Bréfritari: Þórunn Pálsdóttir
Viðtakandi: Páll Pálsson
Dagsetning: A-1825-01-18
Skrifað á: Hallfreðarstöðum  N-Múl.
Páll var bróðir Þórunnar

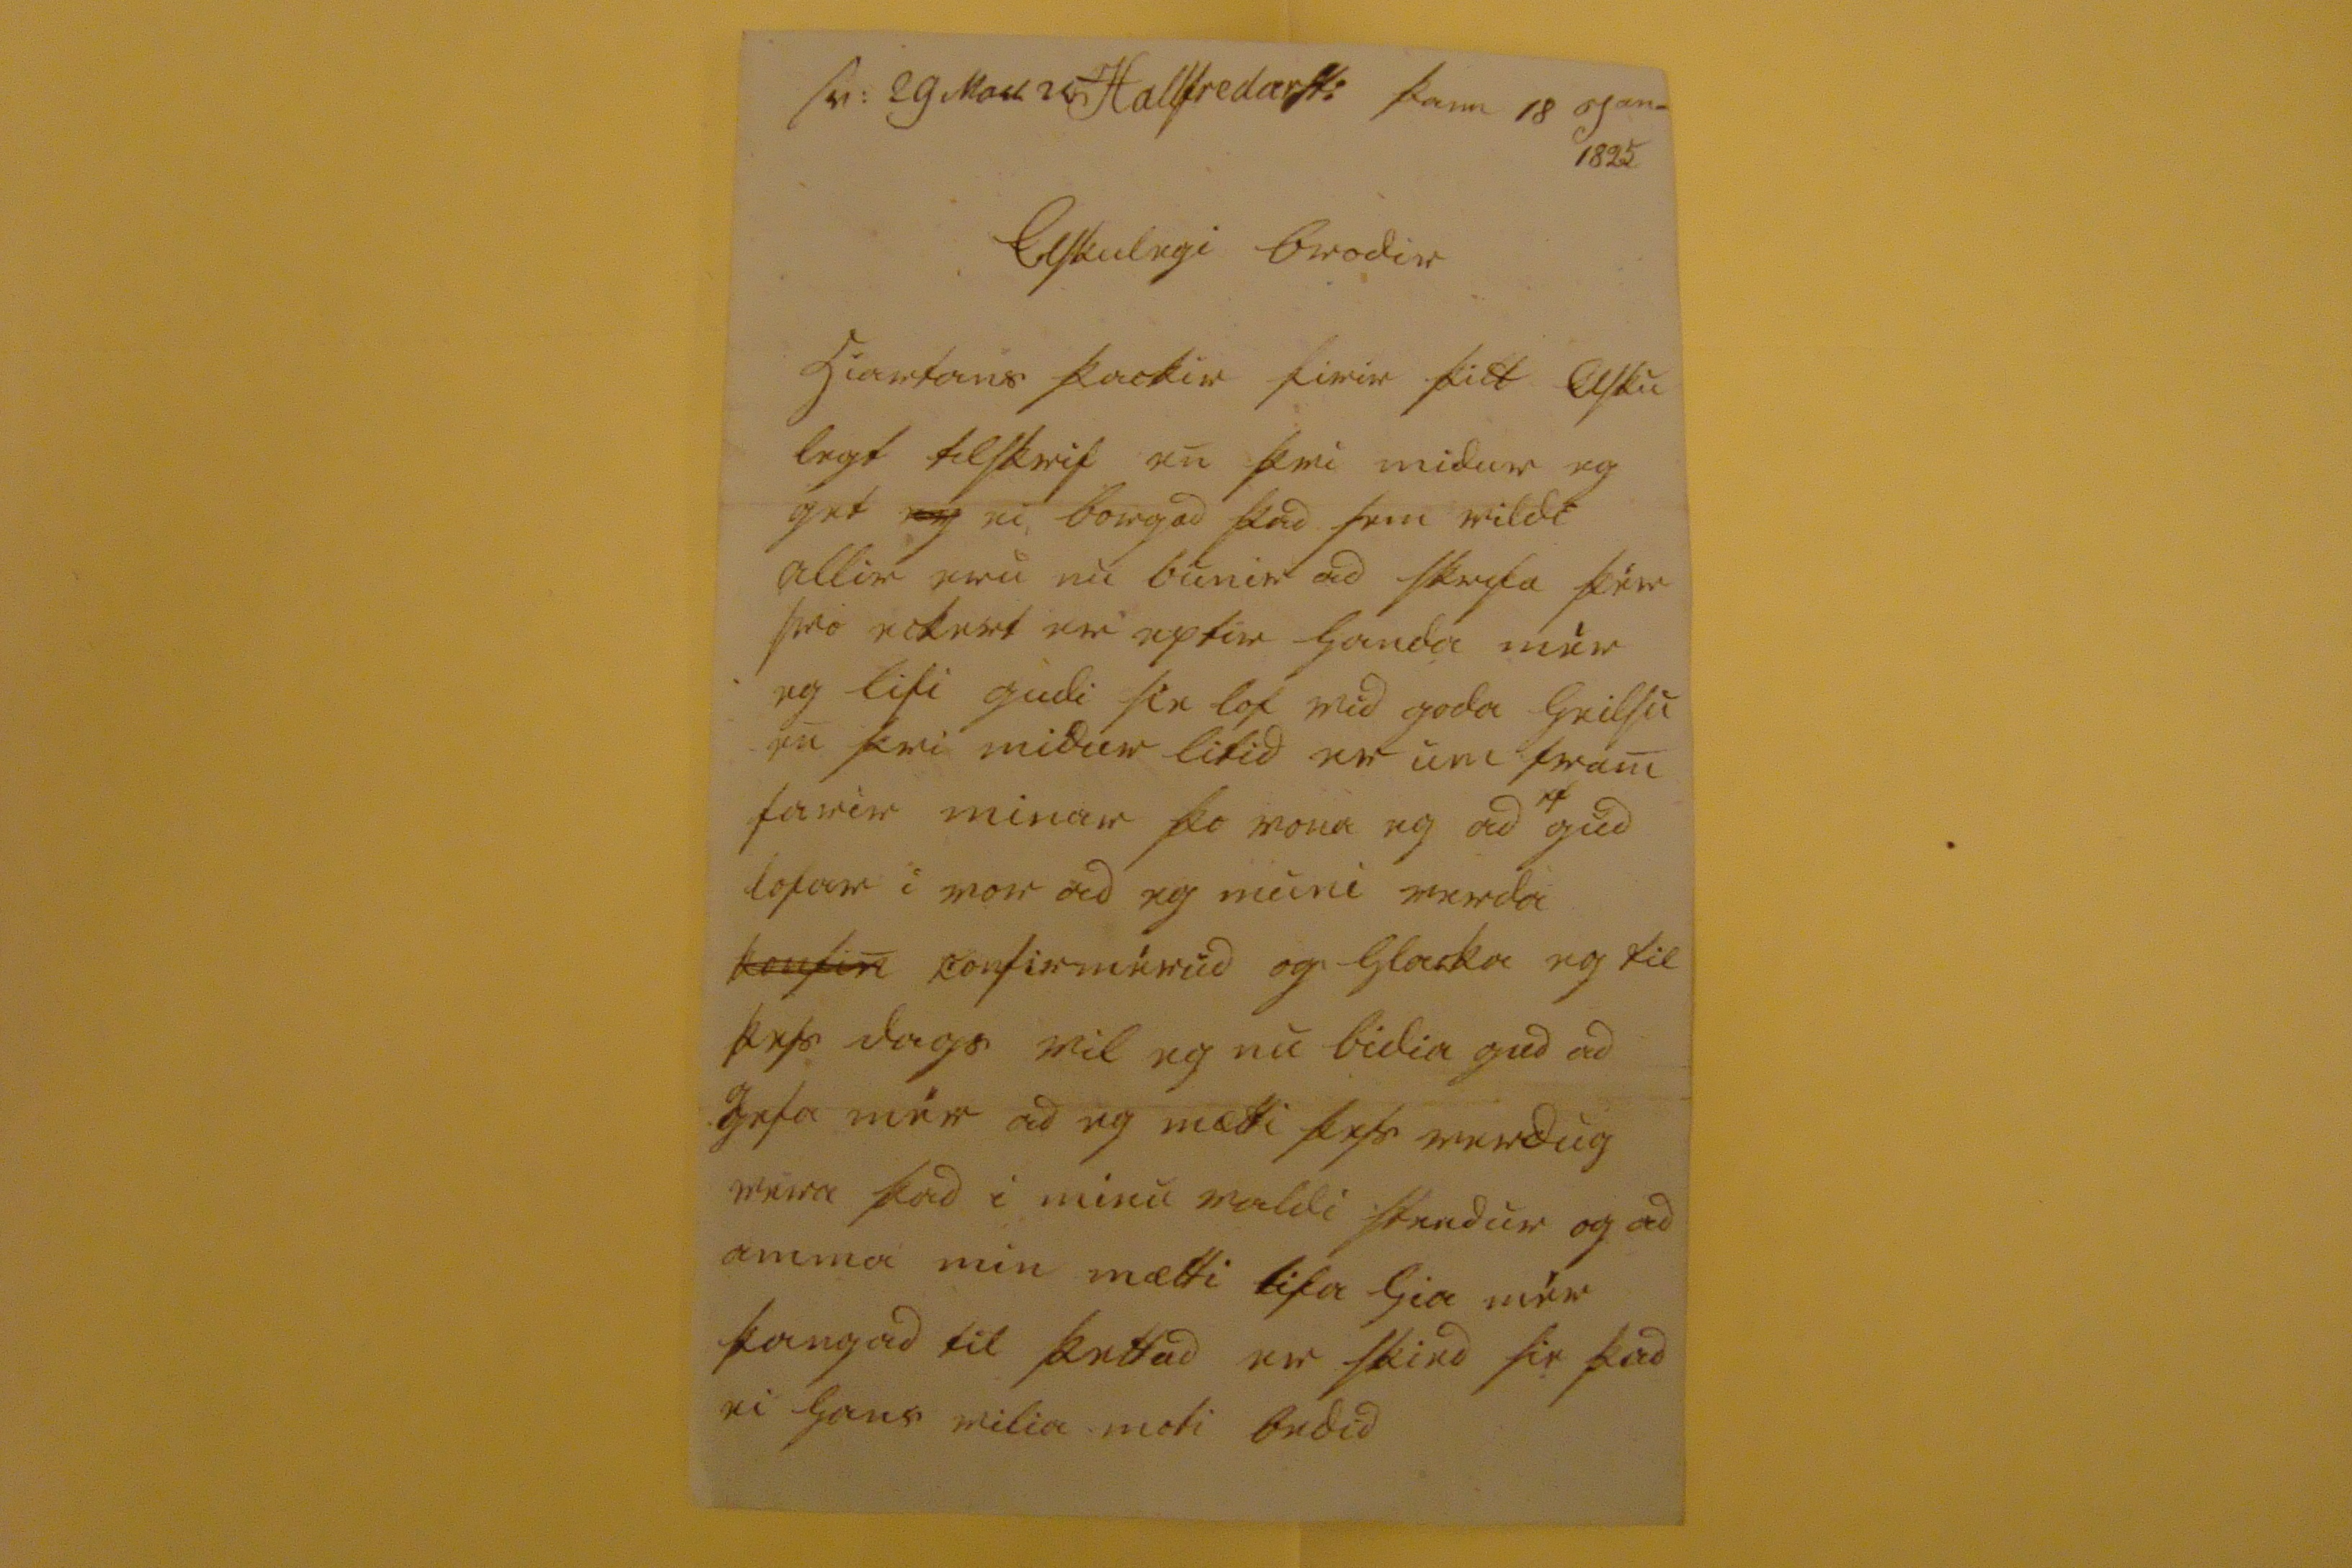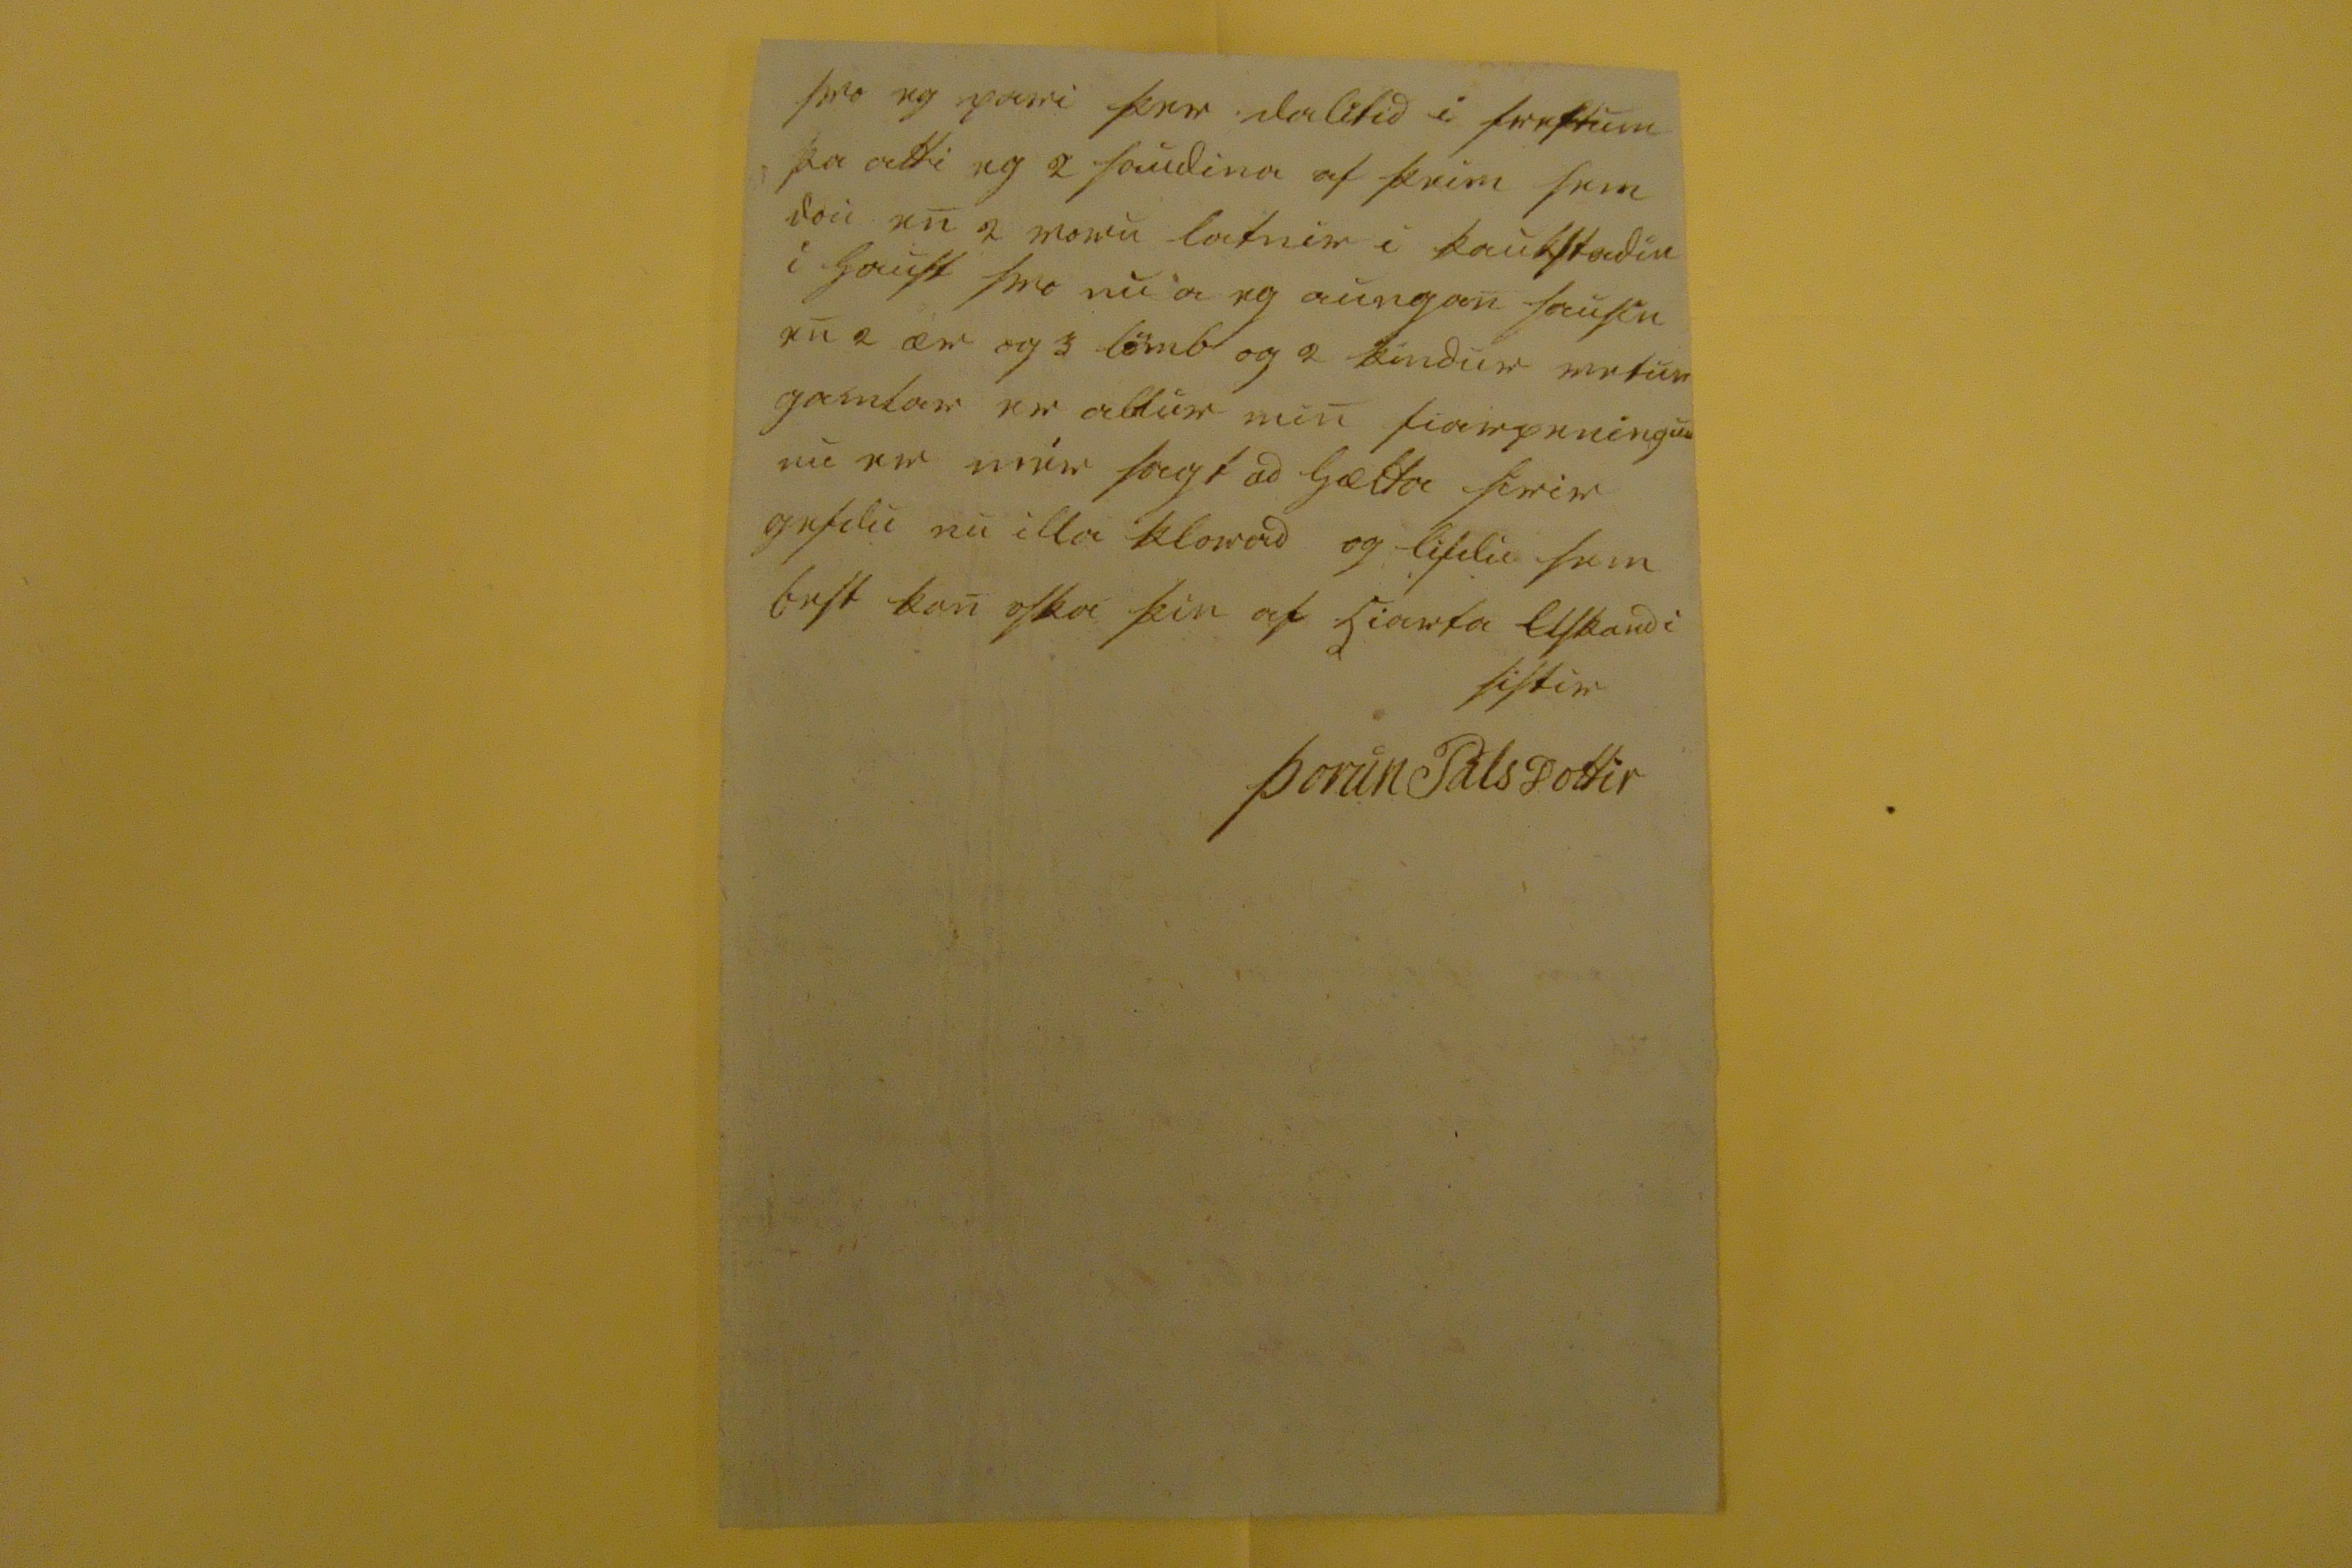

s0: 29 ma00 25
Hallfredarst: þann 18 jan- 1825
elskulegi brodir
hiartans þackir firir þitt elsku legt tilskrif en þvi midur eg get
eg
ei, borgad þad sem vildi allir eru nu bunir ad skrifa þér svo eckert er eptir handa mér eg lifi gudi sie lof vid goda heilsu en þvi midur lifid er um fram farir minar þo vona eg ad
0
gud lofar i vor ad eg muni verda
konfin
confirmérud og hlacka eg til þess dags vil eg nu bidia gud ad gefa mér ad eg mætti þess verdug vera þad i minu valdi stendur og ad amma min mætti lifa hia mér þangad til þettad er skied sie þad ei hans moti bedid
svo eg pari þer dalitid i frettum þa atti eg 2 saudina af þeim sem dou en 2 voru latnir i
kaukstadin
i haust svo nu a eg aungan
sausin
en 2 ær og 3 lömb og 2 kindur vetur gamlar er aldur min fiarpeningur nu er mmér sagt ad hætta firir gefdu nu illa klorad og lifdu sem best kan oska þin af hiarta elskandi sistir
Þorun Palsdottir